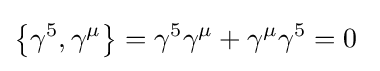
\left\{\gamma ^{5},\gamma ^{\mu }\right\}=\gamma ^{5}\gamma ^{\mu }+\gamma ^{\mu }\gamma ^{5}=0~